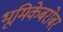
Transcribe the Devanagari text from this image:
भूमिकेबरोबर